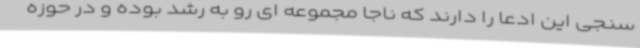
سنجی این ادعا را دارند که ناجا مجموعه ای رو به رشد بوده و در حوزه